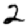
Digit: 2